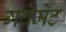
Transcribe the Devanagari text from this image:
गवेर्मेंट